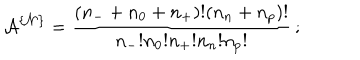
LaTeX: { \cal A } ^ { \{ { \cal N } \} } = \frac { ( n _ { - } + n _ { 0 } + n _ { + } ) ! ( n _ { n } + n _ { p } ) ! } { n _ { - } ! n _ { 0 } ! n _ { + } ! n _ { n } ! n _ { p } ! } \, ;